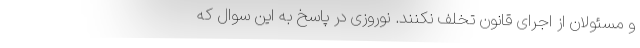
و مسئولان از اجرای قانون تخلف نکنند. نوروزی در پاسخ به این سوال که